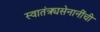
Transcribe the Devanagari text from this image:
स्वातंत्र्यसेनानींची